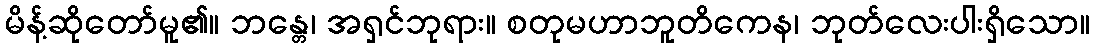
မိန့်ဆိုတော်မူ၏။ ဘန္တေ၊ အရှင်ဘုရား။ စတုမဟာဘူတိကေန၊ ဘုတ်လေးပါးရှိသော။